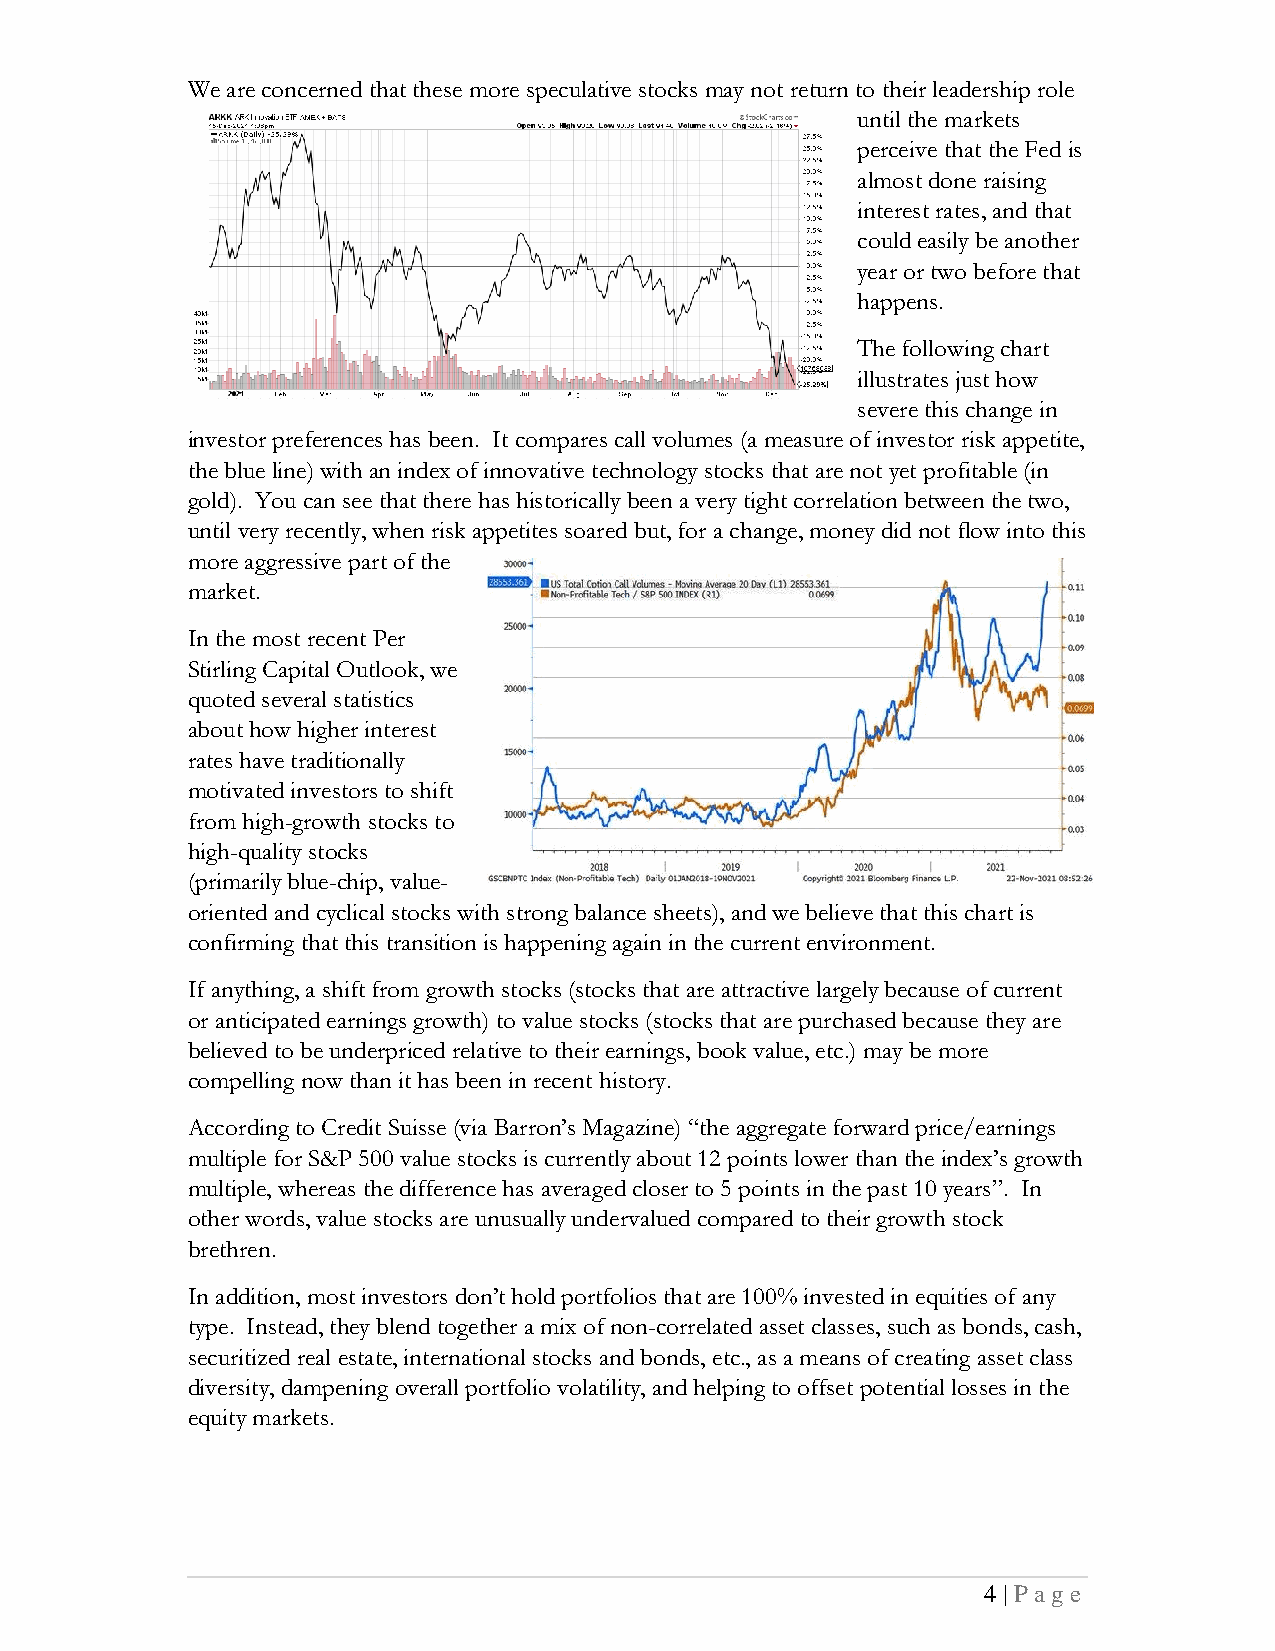
We are concerned that these more speculative stocks may not return to their leadership role
 until the markets
 perceive that the Fed is
 almost done raising
 interest rates, and that
 could easily be another
 year or two before that
 happens.
 The following chart
 illustrates just how
 severe this change in
 investor preferences has been. It compares call volumes (a measure of investor risk appetite,
 the blue line) with an index of innovative technology stocks that are not yet profitable (in
 gold). You can see that there has historically been a very tight correlation between the two,
 until very recently, when risk appetites soared but, for a change, money did not flow into this
 more aggressive part of the
 market.
 In the most recent Per
 Stirling Capital Outlook, we
 quoted several statistics
 about how higher interest
 rates have traditionally
 motivated investors to shift
 from high-growth stocks to
 high-quality stocks
 (primarily blue-chip, value-
 oriented and cyclical stocks with strong balance sheets), and we believe that this chart is
 confirming that this transition is happening again in the current environment.
 If anything, a shift from growth stocks (stocks that are attractive largely because of current
 or anticipated earnings growth) to value stocks (stocks that are purchased because they are
 believed to be underpriced relative to their earnings, book value, etc.) may be more
 compelling now than it has been in recent history.
 According to Credit Suisse (via Barron’s Magazine) “the aggregate forward price/earnings
 multiple for S&P 500 value stocks is currently about 12 points lower than the index’s growth
 multiple, whereas the difference has averaged closer to 5 points in the past 10 years”. In
 other words, value stocks are unusually undervalued compared to their growth stock
 brethren.
 In addition, most investors don’t hold portfolios that are 100% invested in equities of any
 type. Instead, they blend together a mix of non-correlated asset classes, such as bonds, cash,
 securitized real estate, international stocks and bonds, etc., as a means of creating asset class
 diversity, dampening overall portfolio volatility, and helping to offset potential losses in the
 equity markets.
 4 | P age